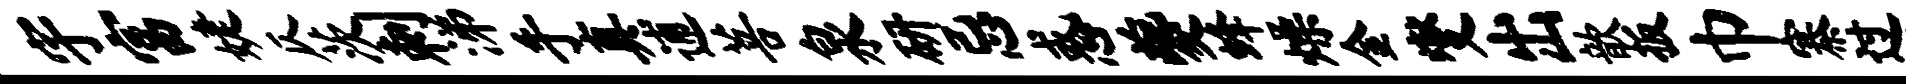
宇富婕仄茨刺涕手真逋菩泉研忌惑夔蜂燥金燮出歆扳巾寨过墟